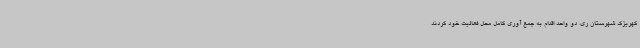
کهریزک شهرستان ری، دو واحد اقدام به جمع آوری کامل محل فعالیت خود کردند